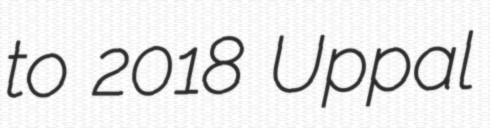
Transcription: to 2018 Uppal